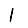
Digit: 1